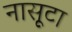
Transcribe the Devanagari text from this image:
नासूटा